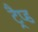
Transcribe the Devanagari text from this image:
ट्रैप्ड